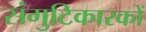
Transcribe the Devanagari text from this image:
संगुटिकारकों